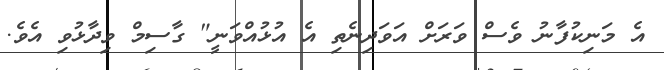
އެ މަނިކުފާނު ވެސް ވަރަށް އަވަދިނެތި އެ އުޅުއްވަނީ" ގާސިމް ވިދާޅުވި އެވެ.